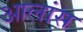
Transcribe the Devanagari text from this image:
आलांस